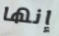
إنها